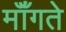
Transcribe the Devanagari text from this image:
मॉँगते